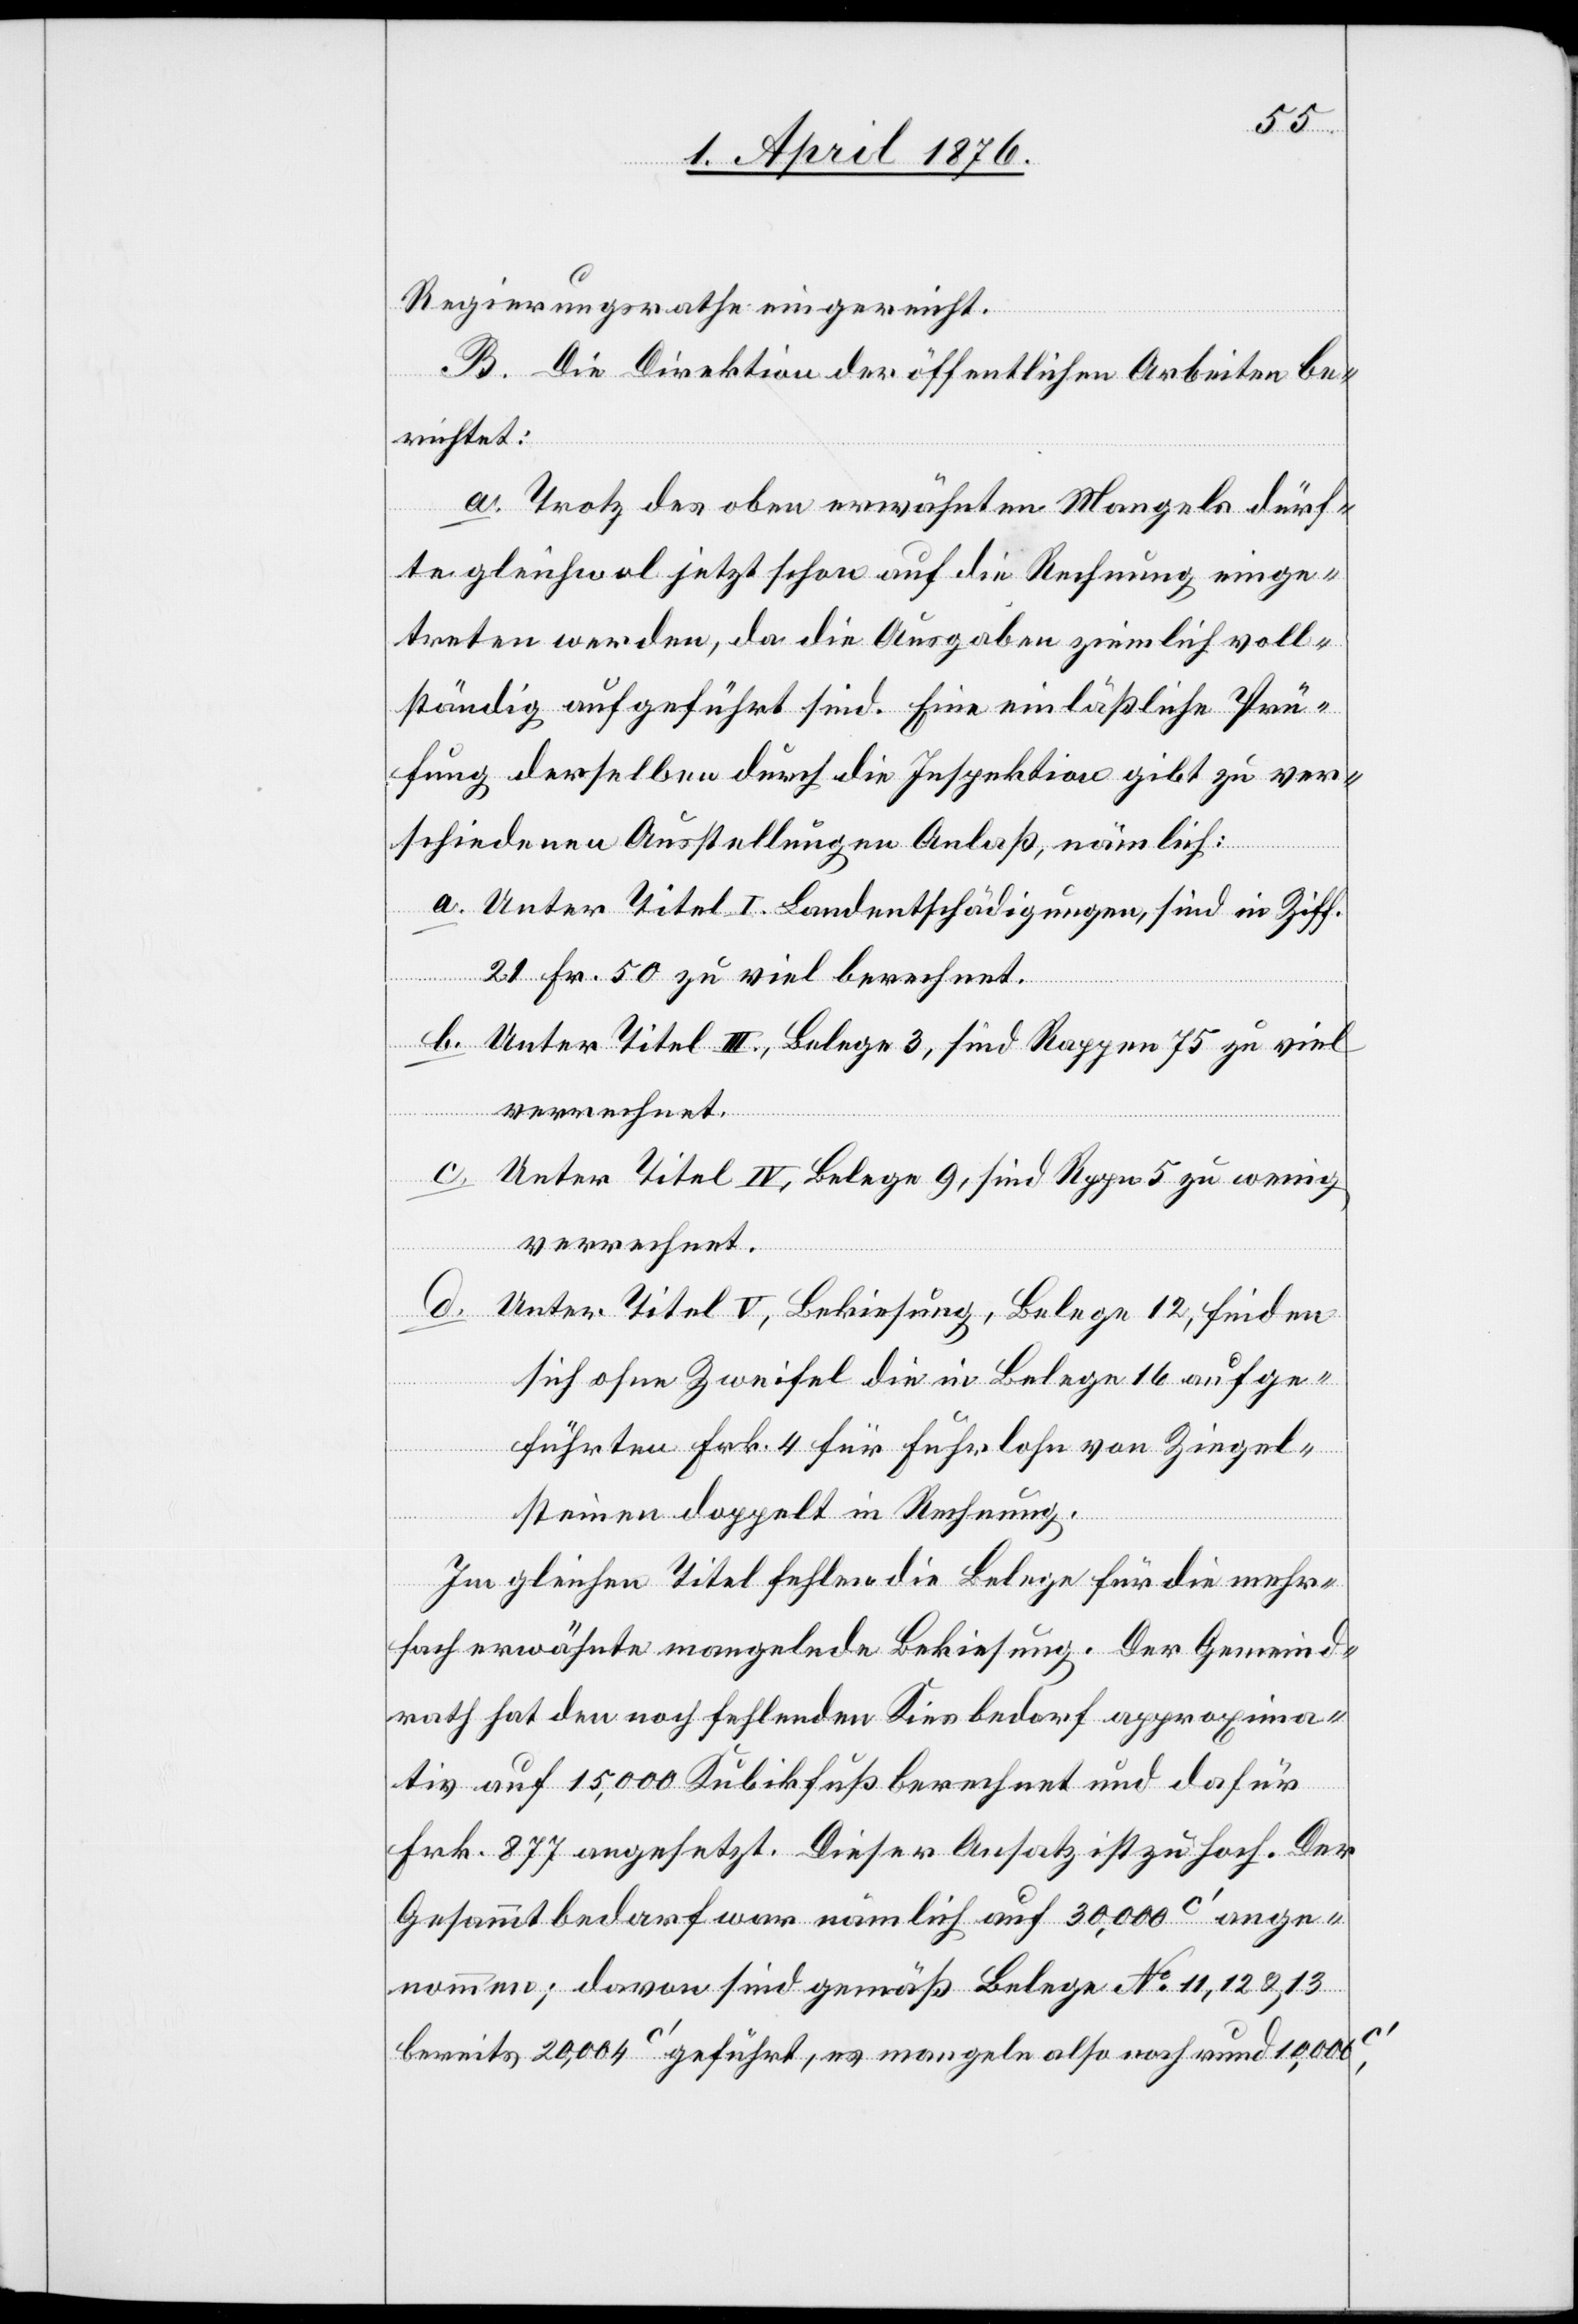
Regierungsrathe eingereicht.
B. Die Direktion der öffentlichen Arbeiten be¬
richtet:
a. Trotz des oben erwähnten Mangels dürf¬
te gleichwol jetzt schon auf die Rechnung einge¬
treten werden, da die Ausgaben ziemlich voll¬
ständig aufgeführt sind. Eine einläßliche Prü¬
fung derselben durch die Inspektion gibt zu ver¬
schiedenen Ausstellungen Anlaß, nämlich:
a. Unter Titel I. Landentschädigungen, sind in Ziff.
21 Fr. 50 zu viel berechnet.
b. Unter Titel III., Belege 3, sind Rappen 75 zu viel
verrechnet.
c. Unter Titel IV, Belege 9, sind Rppn 5 zu wenig
verrechnet.
d. Unter Titel V, Bekiesung, Belege 12, finden
sich ohne Zweifel die in Belege 16 aufge¬
führten Frk. 4 für Fuhrlohn von Ziegel¬
steinen doppelt in Rechnung.
Im Gleichen Titel fehlen die Belege für die mehr¬
fach erwähnte mangelnde Bekiesung. Der Gemeind¬
rath hat den noch fehlenden Kiesbedarf approxima¬
tiv auf 15,000 Kubikfuß berechnet und dafür
Frk. 877 angesetzt. Dieser Ansatz ist zu hoch. Der
Gesamtbedarf war nämlich auf 30,000 c‘ ange¬
nommen; davon sind gemäß Belege No 11, 12 & 13
bereits 20,004 c‘ geführt, es mangeln also noch rund 10,000